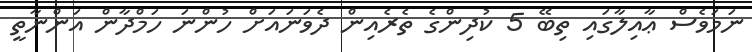
ނަމަވެސް ޢާއިލާގައި ތިބޭ 5 ކުދިންގެ ތެރެއިން ދެވަނައަށް ހުންނަ ހަމްދާން އަންނާތީ